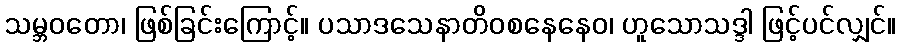
သမ္ဘဝတော၊ ဖြစ်ခြင်းကြောင့်။ ပသာဒသေနာတိဝစနေနေဝ၊ ဟူသောသဒ္ဒါ ဖြင့်ပင်လျှင်။